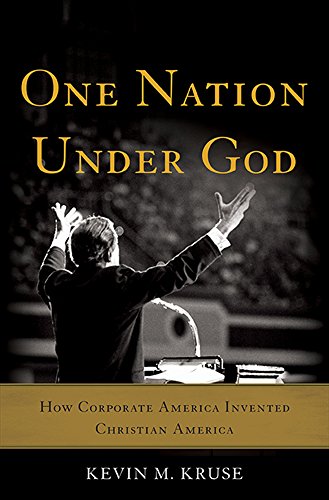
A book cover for One Nation Under God: How Corporate America Invented Christian America; Kevin M. Kruse; Business & Money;